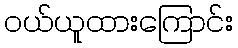
ဝယ်ယူထားကြောင်း